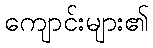
ကျောင်းများ၏